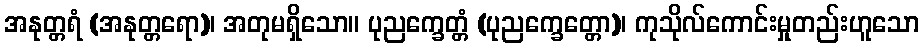
အနုတ္တရံ (အနုတ္တရော)၊ အတုမရှိသော။ ပုညက္ခေတ္တံ (ပုညက္ခေတ္တော)၊ ကုသိုလ်ကောင်းမှုတည်းဟူသော